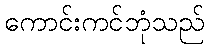
ကောင်းကင်ဘုံသည်